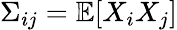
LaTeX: \Sigma_{ij}=\mathbb{E}[X_{i}X_{j}]